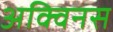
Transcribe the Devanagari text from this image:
अक्विनस